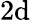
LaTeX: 2\mathrm{d}